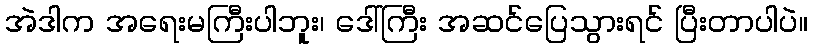
အဲဒါက အရေးမကြီးပါဘူး၊ ဒေါ်ကြီး အဆင်ပြေသွားရင် ပြီးတာပါပဲ။